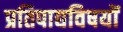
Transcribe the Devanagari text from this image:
प्रतिपाद्यविषयों